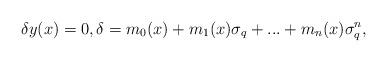
LaTeX: \begin{align*}\delta y(x)=0,\delta=m_0(x)+m_1(x)\sigma_q+...+m_n(x)\sigma_q^n,\end{align*}